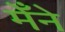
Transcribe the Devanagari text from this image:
मेँने